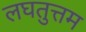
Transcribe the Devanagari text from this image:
लघतुत्तम